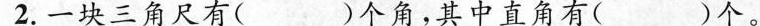
2.一块三角尺有( )个角，其中直角有( )个。